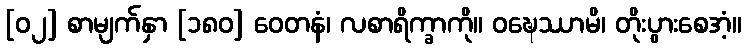
[၀၂] စာမျက်နှာ [၁၈၀] ဝေတနံ၊ လစာရိက္ခာကို။ ဝဍ္ဎေဿာမိ၊ တိုးပွားစေအံ့။